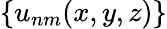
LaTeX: \{ u_{nm}(x,y,z)\}